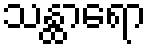
သန္ထာရော